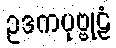
ဥဒကပုဗ္ဗုဠံ